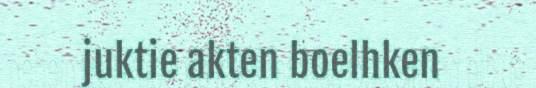
juktie akten boelhken